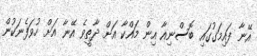
އޭނާ ފައިމަގުގައި ބޮސްނިއާ އިން މައްކާ އަށް ދާތީވެ އޭނާ އަށް ހުވަފެނަކުން